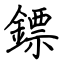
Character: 鏢